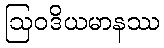
ဩဝဒိယမာနဿ